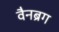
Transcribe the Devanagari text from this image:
वैनब्रग